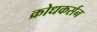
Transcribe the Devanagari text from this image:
क्रोधकर्सन